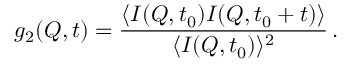
g _ { 2 } ( Q , t ) = \frac { \langle I ( Q , t _ { 0 } ) I ( Q , t _ { 0 } + t ) \rangle } { \langle I ( Q , t _ { 0 } ) \rangle ^ { 2 } } \, .